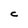
Character: C